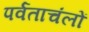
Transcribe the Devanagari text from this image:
पर्वताचंलों